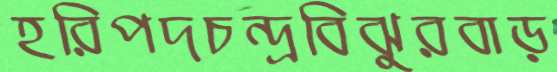
হরিপদচন্দ্রবিঝুরবাড়